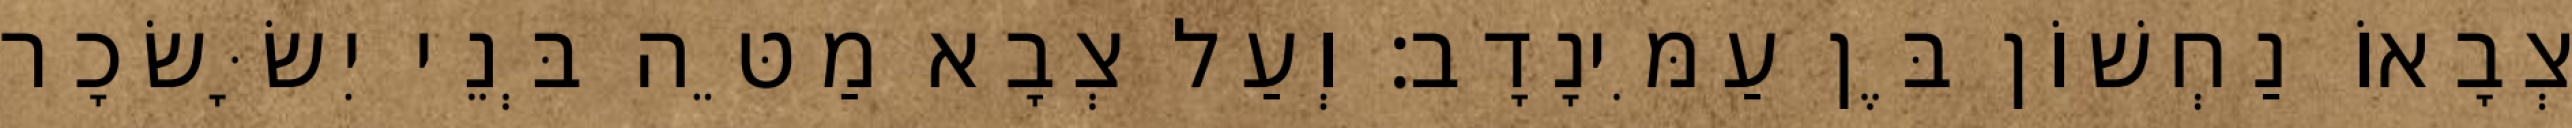
צְבָאוֹ נַחְשׁוֹן בֶּן עַמִּינָדָב׃ וְעַל צְבָא מַטֵּה בְּנֵי יִשָּׂשׂכָר